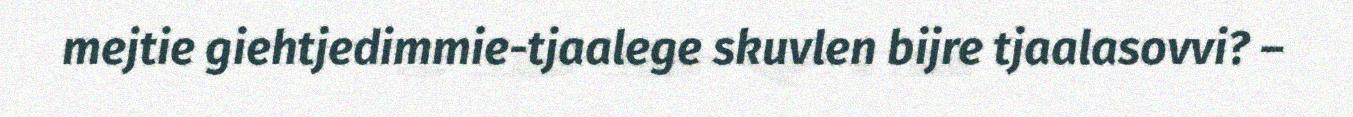
mejtie giehtjedimmie-tjaalege skuvlen bijre tjaalasovvi? –